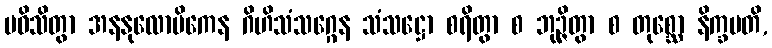
ပဝိသိတွာ အနနုလောမိကေန ဂိဟိသံသဂ္ဂေန သံသဋ္ဌော စရိတွာ စ ဘုဉ္ဇိတွာ စ တုစ္ဆော နိက္ခမတိ,